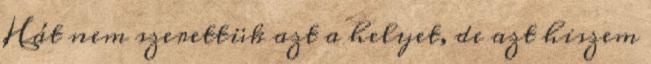
Hát nem szerettük azt a helyet, de azt hiszem